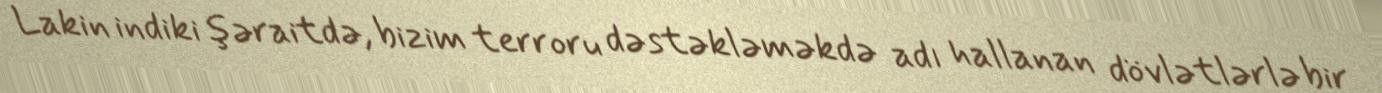
Lakin indiki şəraitdə, bizim terroru dəstəkləməkdə adı hallanan dövlətlərlə bir